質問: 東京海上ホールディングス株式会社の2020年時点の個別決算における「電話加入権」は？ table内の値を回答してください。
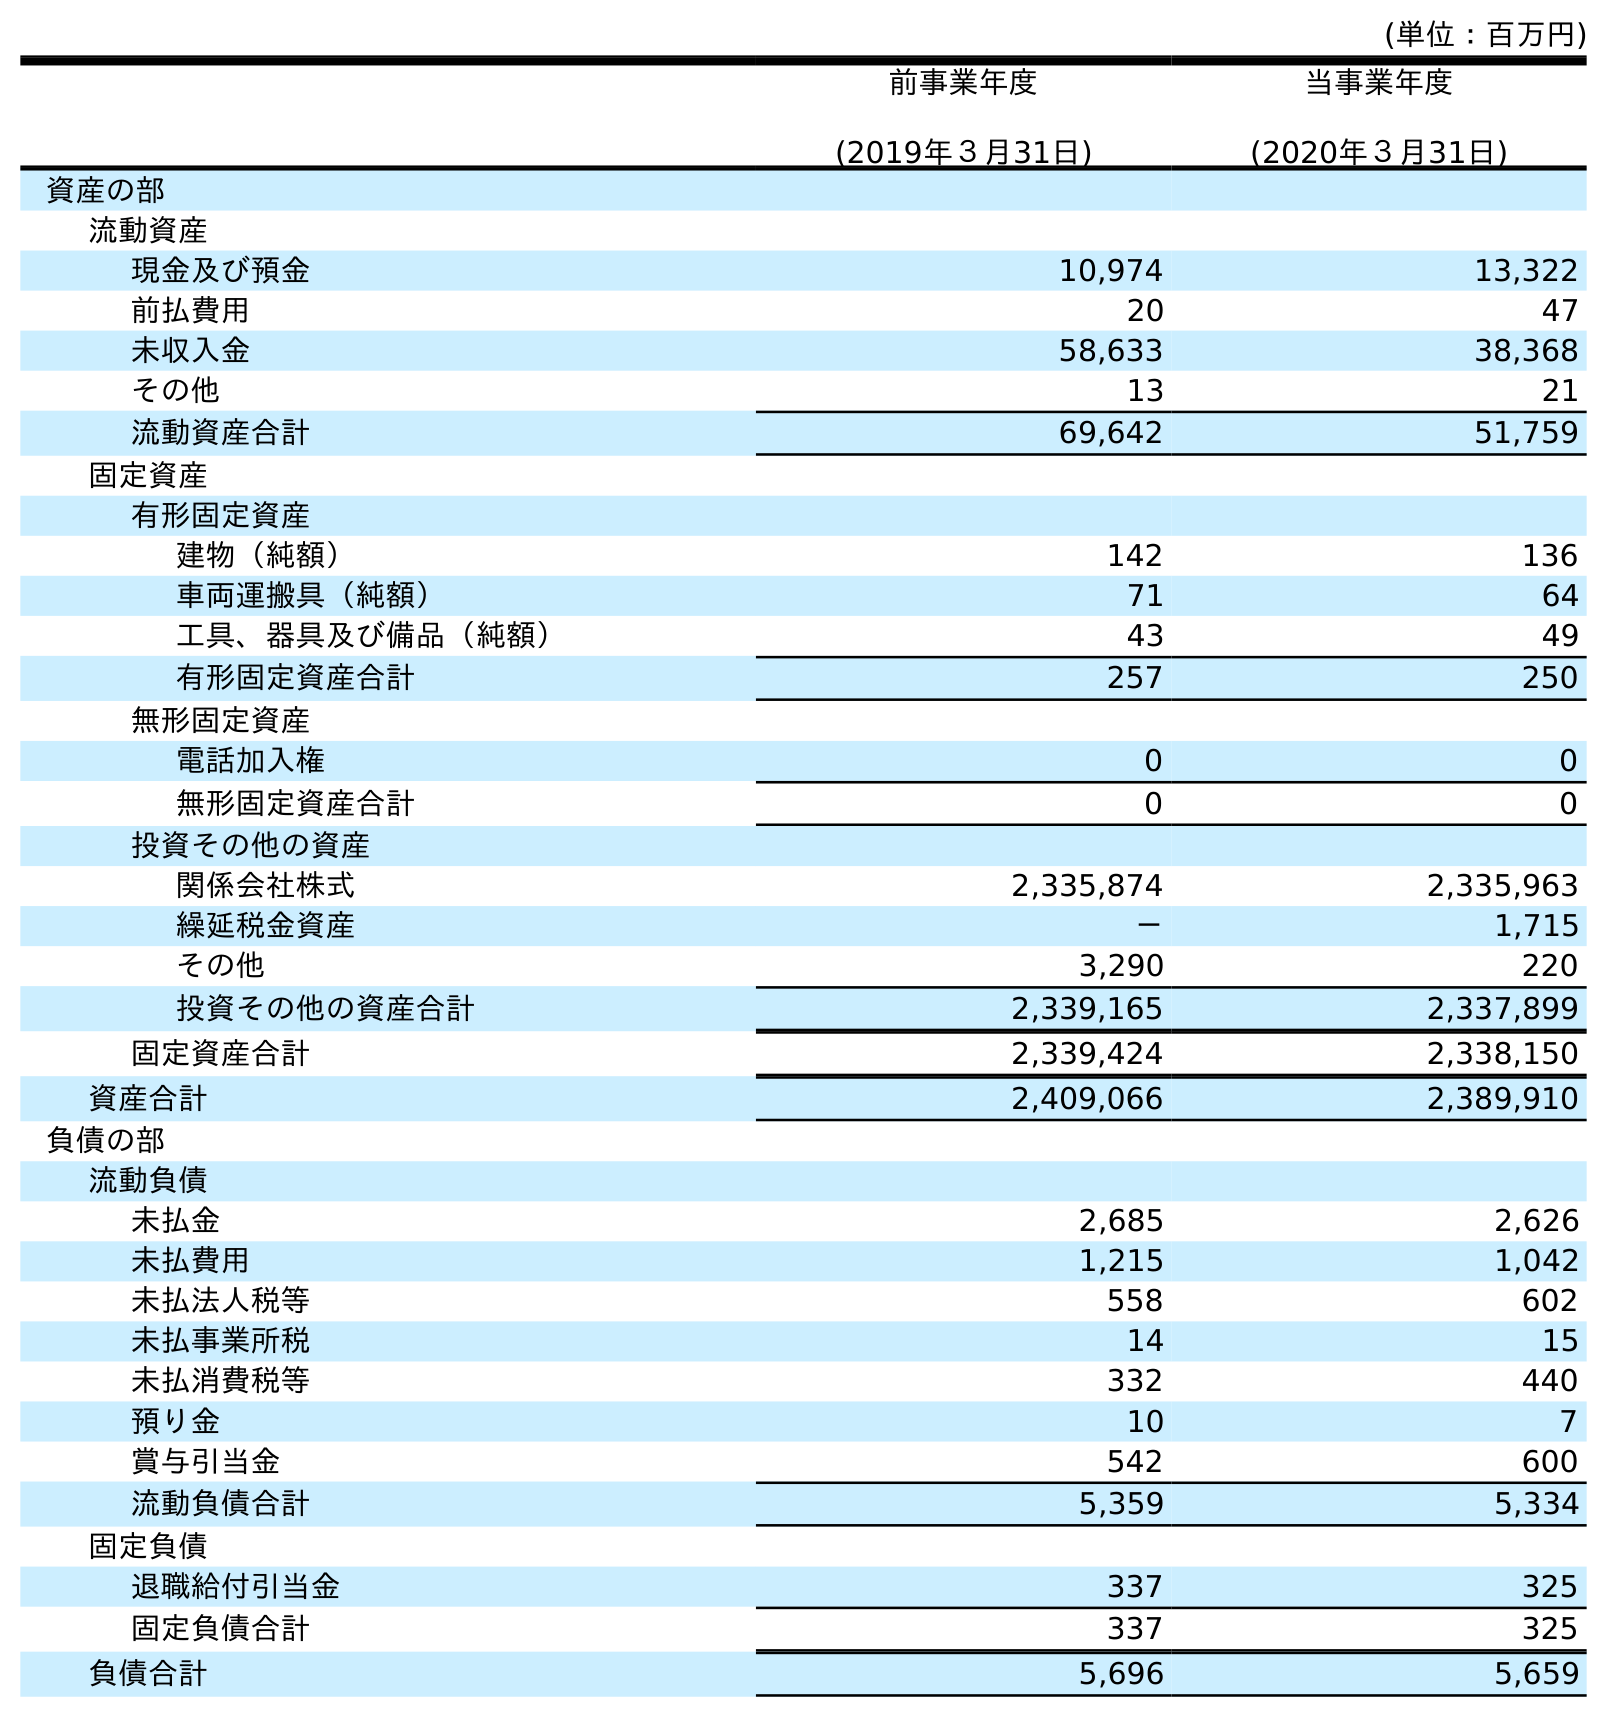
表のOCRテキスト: (単位：百万円) 前事業年度 (2019年３月31日) 当事業年度 (2020年３月31日) 資産の部 流動資産 現金及び預金 10,974 13,322 前払費用 20 47 未収入金 58,633 38,368 その他 13 21 流動資産合計 69,642 51,759 固定資産 有形固定資産 建物（純額） 142 136 車両運搬具（純額） 71 64 工具、器具及び備品（純額） 43 49 有形固定資産合計 257 250 無形固定資産 電話加入権 0 0 無形固定資産合計 0 0 投資その他の資産 関係会社株式 2,335,874 2,335,963 繰延税金資産 － 1,715 その他 3,290 220 投資その他の資産合計 2,339,165 2,337,899 固定資産合計 2,339,424 2,338,150 資産合計 2,409,066 2,389,910 負債の部 流動負債 未払金 2,685 2,626 未払費用 1,215 1,042 未払法人税等 558 602 未払事業所税 14 15 未払消費税等 332 440 預り金 10 7 賞与引当金 542 600 流動負債合計 5,359 5,334 固定負債 退職給付引当金 337 325 固定負債合計 337 325 負債合計 5,696 5,659
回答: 0